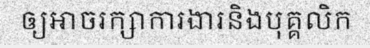
ឲ្យអាចរក្សាការងារនិងបុគ្គលិក